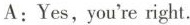
A:Yes,you're right.